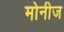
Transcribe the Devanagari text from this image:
मोनीज